Source: Handwritten
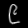
Digit: ၉ (9)